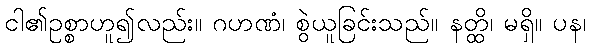
ငါ၏ဥစ္စာဟူ၍လည်း။ ဂဟဏံ၊ စွဲယူခြင်းသည်။ နတ္ထိ၊ မရှိ။ ပန၊